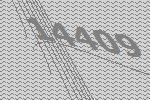
14409